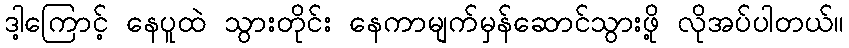
ဒါ့ကြောင့် နေပူထဲ သွားတိုင်း နေကာမျက်မှန်ဆောင်သွားဖို့ လိုအပ်ပါတယ်။